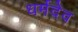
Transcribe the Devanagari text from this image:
धर्मदेव